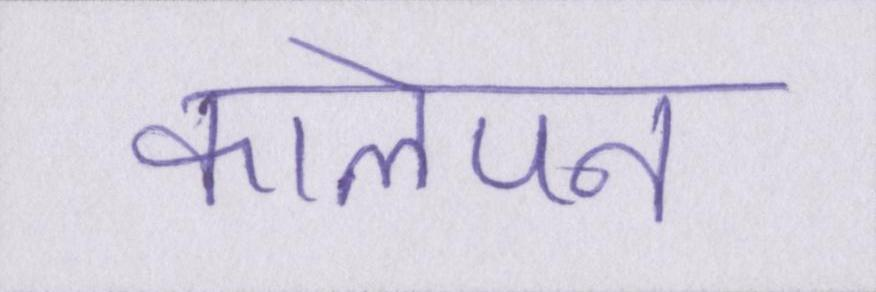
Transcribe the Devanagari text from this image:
कालेपन